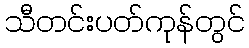
သီတင်းပတ်ကုန်တွင်